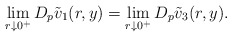
\begin{align*}\lim_{r \downarrow 0^+} D_p\tilde{v}_1(r,y) = \lim_{r \downarrow 0^+}D_p\tilde{v}_3(r,y).\end{align*}